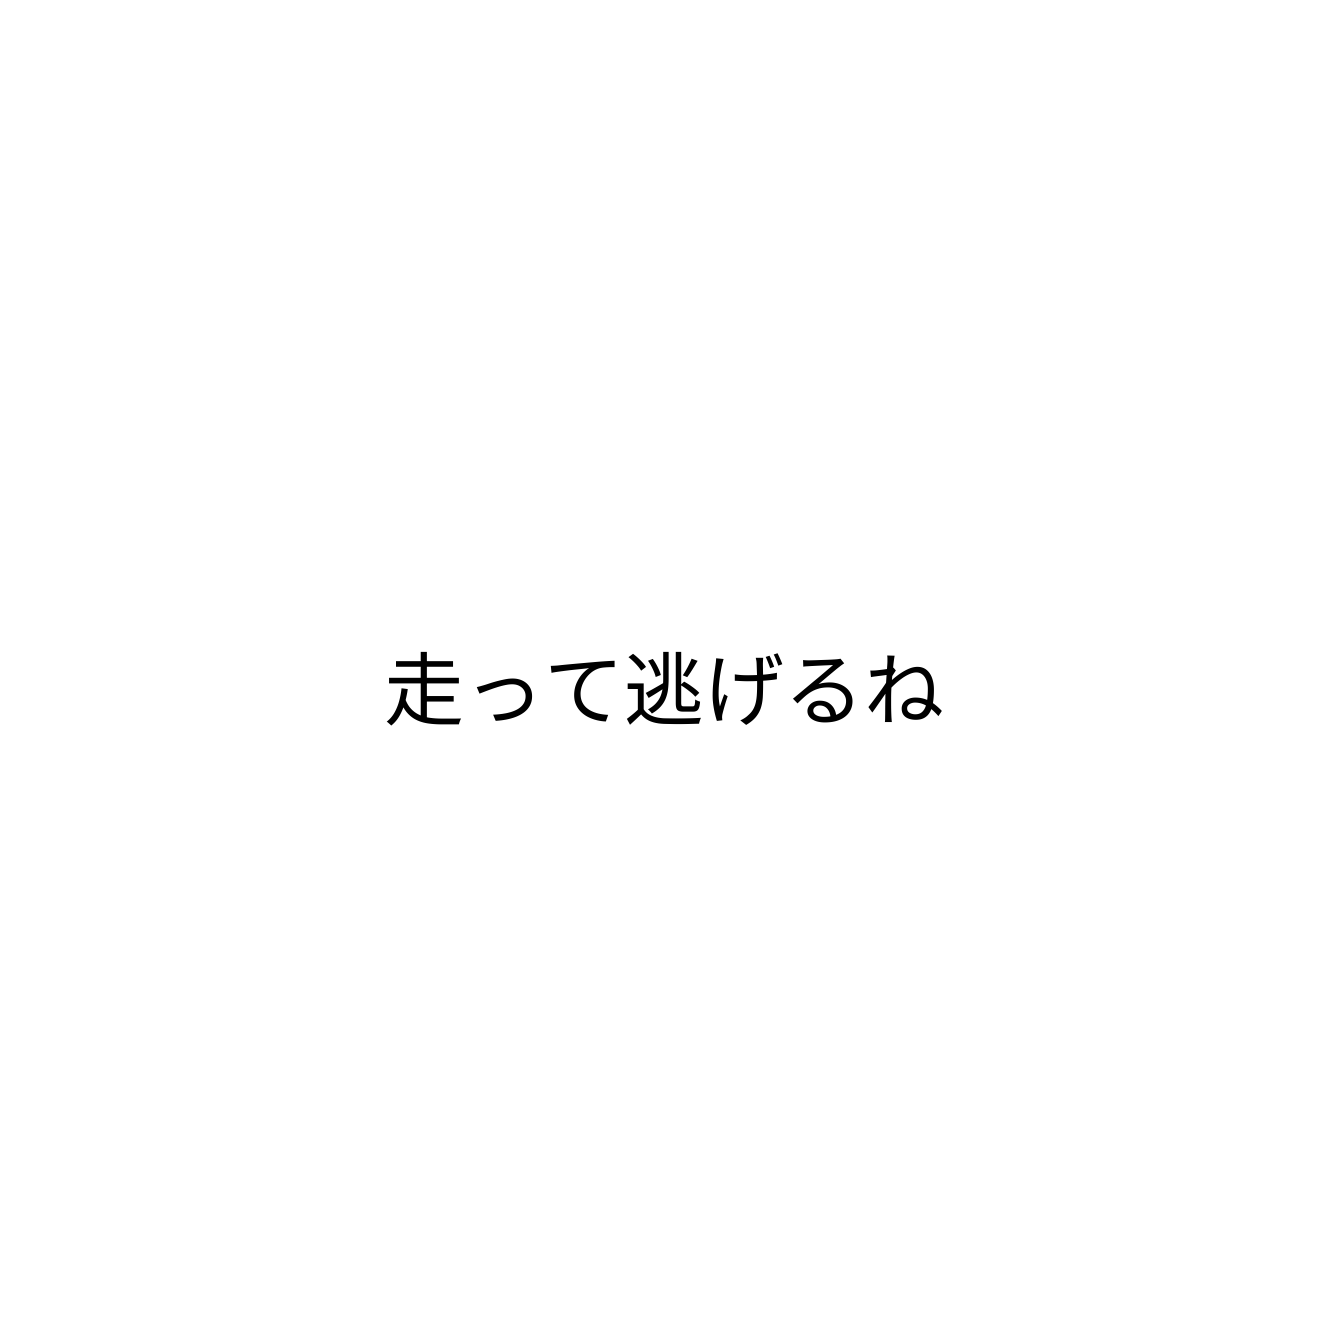
走って逃げるね